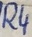
Text: R4